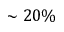
\sim 2 0 \%